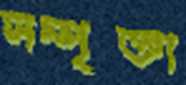
সম্পৃক্তা